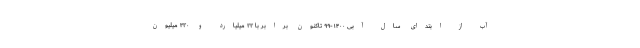
آب از ابتدای سال آبی ۱۴۰۰-۹۹ تاکنون برابر با ۲۲ میلیارد و ۳۲۰ میلیون